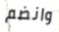
وانضم